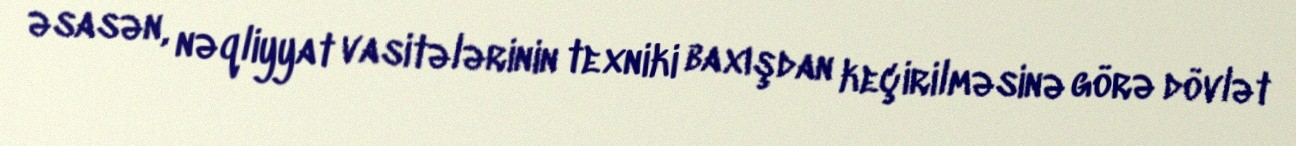
əsasən, nəqliyyat vasitələrinin texniki baxışdan keçirilməsinə görə dövlət